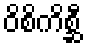
ဝိစိကိစ္ဆီ